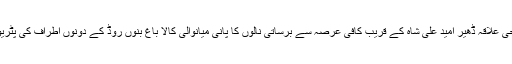
تفصیلات کے مطابق نواحی علاقہ ڈھیر امید علی شاہ کے قریب کافی عرصہ سے برساتی نالوں کا پانی میانوالی کالا باغ بنوں روڈ کے دونوں اطراف کی پٹریوں کو بہا کر لے گیا ہے۔